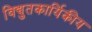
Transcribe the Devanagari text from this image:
विद्युतकार्यिकीय